Regulations for the medical services of the Army of India
Year: 1930
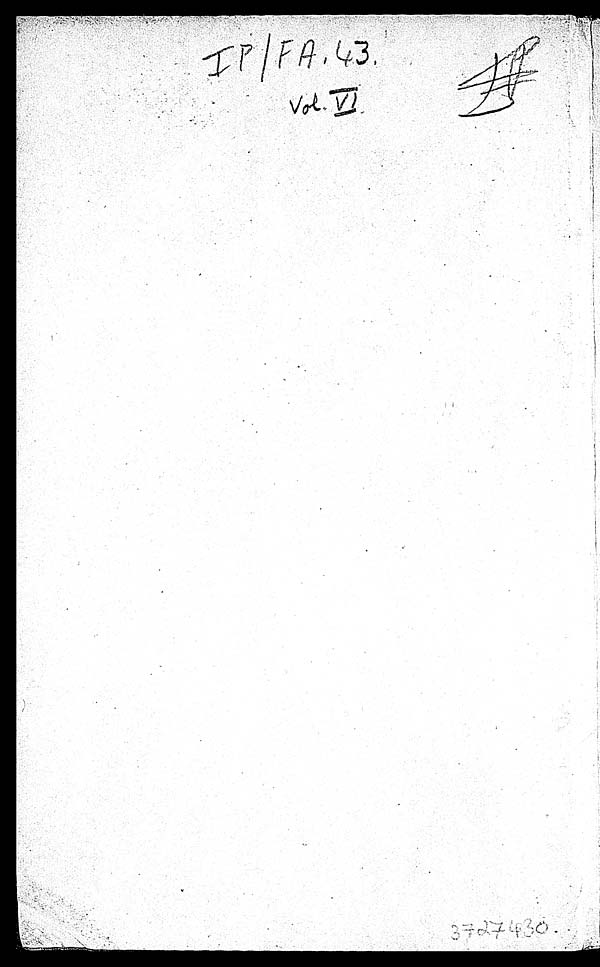
IP/FA,43.